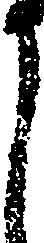
く